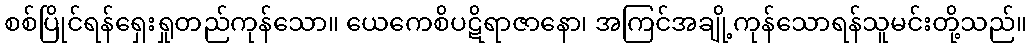
စစ်ပြိုင်ရန်ရှေးရှုတည်ကုန်သော။ ယေကေစိပဋိရာဇာနော၊ အကြင်အချို့ကုန်သောရန်သူမင်းတို့သည်။